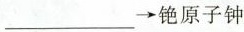
___→铯原子钟